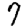
Digit: 7